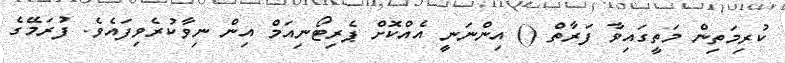
ކުރިމަތިން މަތީގައިވާ ފަރާތް () އިންނަނީ އެއްކޮށް ޕެރިޓޯނިއަމް އިން ނިވާކުރެވިފައެވެ. ފުރަމޭގެ